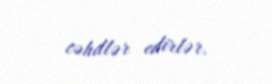
cəhdlər edirlər.